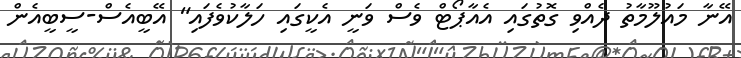
އޭނާ މައުލޫމާތު ދެއްވި ގޮތުގައި އެއާޕޯޓް ވެސް ވަނީ އެކީގައި ހަލާކުވެފައި" އޭބީއެސް-ސީބީއެން